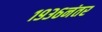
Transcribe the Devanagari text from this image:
१९३६नंतर